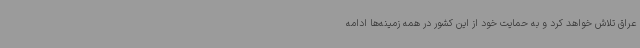
عراق تلاش خواهد کرد و به حمایت خود از این کشور در همه زمینه‌ها ادامه